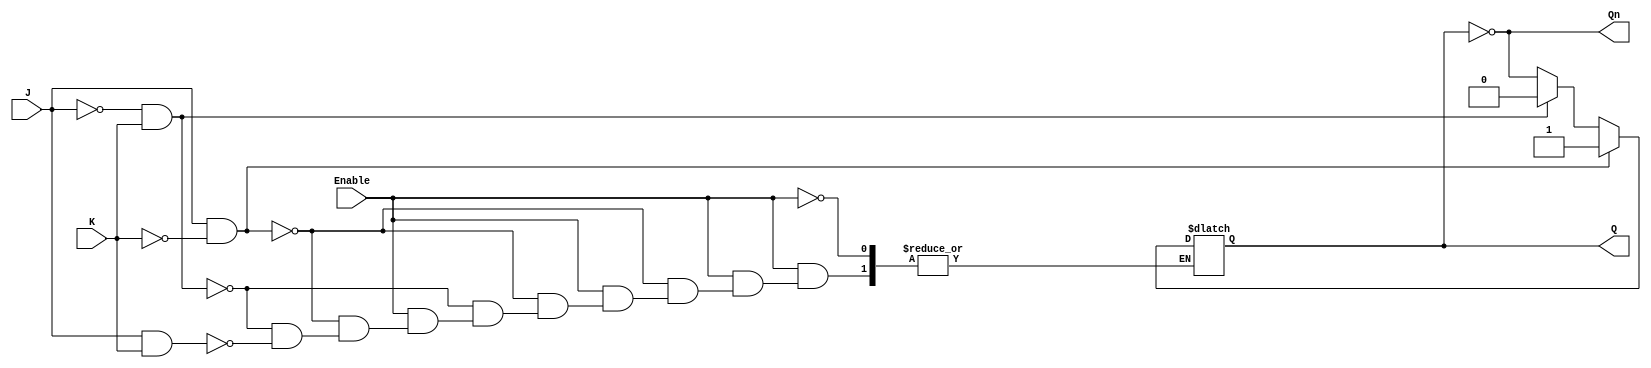
module GatedJKLatch (
    input wire J,        // Set input
    input wire K,        // Reset input
    input wire Enable,   // Enable signal (Clock)
    output reg Q,        // Current state output
    output wire Qn       // Inverted current state output (Q NOT)
);

    // Inverted output
    assign Qn = ~Q;

    // Always block triggered by the Enable signal
    always @(*) begin
        if (Enable) begin
            if (J && ~K) begin
                Q = 1;    // Set state
            end else if (~J && K) begin
                Q = 0;    // Reset state
            end else if (J && K) begin
                Q = ~Q;   // Toggle state
            end
            // If J = 0 and K = 0, Q retains its previous state (no change)
        end
        // If Enable is low, Q retains its previous state (no change)
    end

endmodule